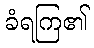
ခံရကြ၏